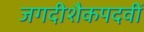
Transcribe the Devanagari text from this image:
जगदीशैकपदवीं